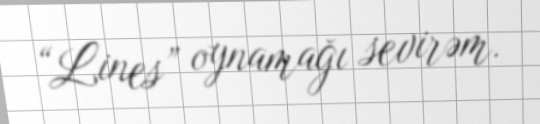
“Lines” oynamağı sevirəm.